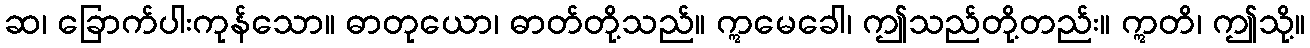
ဆ၊ ခြောက်ပါးကုန်သော။ ဓာတုယော၊ ဓာတ်တို့သည်။ ဣမေခေါ၊ ဤသည်တို့တည်း။ ဣတိ၊ ဤသို့။